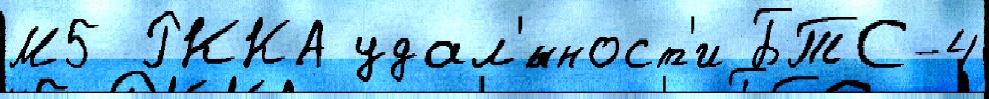
М5 РККА удал'́нност'и БТС-4